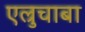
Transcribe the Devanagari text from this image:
एल्रुचाबा